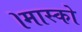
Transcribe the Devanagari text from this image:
।मास्को